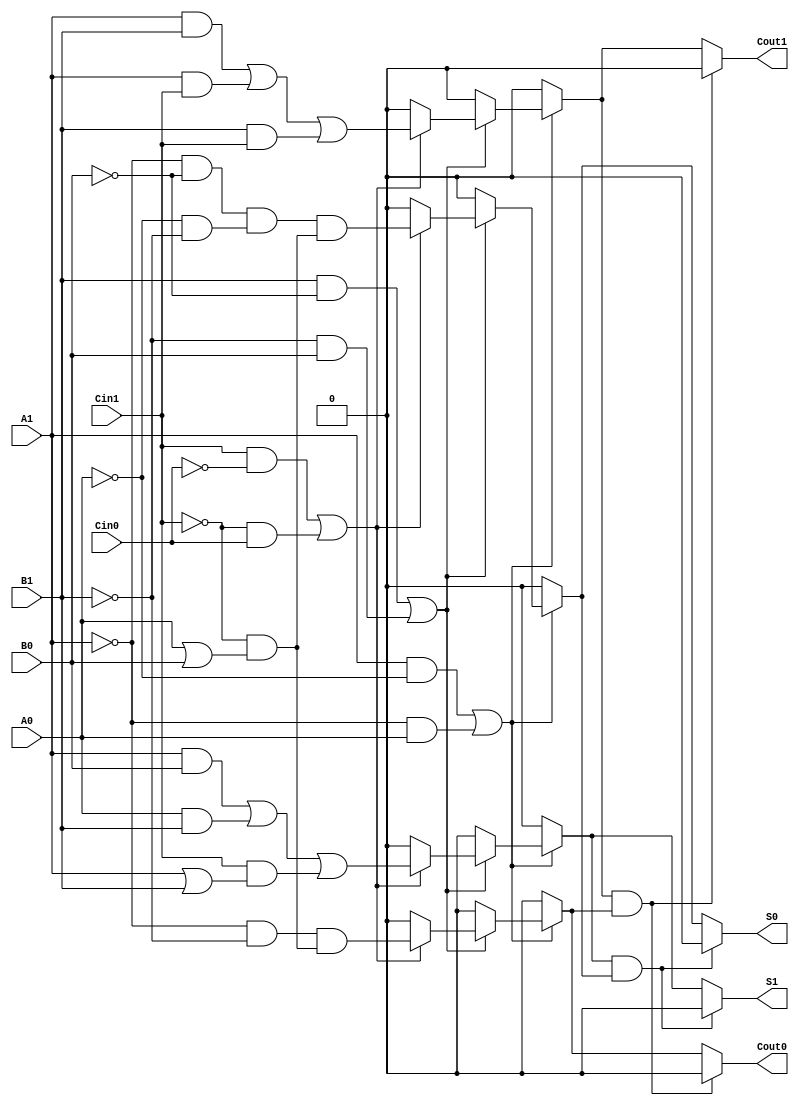
module dual_rail_full_adder (
    input wire A1, A0,  // Dual-rail representation of input A
    input wire B1, B0,  // Dual-rail representation of input B
    input wire Cin1, Cin0, // Dual-rail representation of carry input Cin
    output reg S1, S0,  // Dual-rail representation of sum output S
    output reg Cout1, Cout0 // Dual-rail representation of carry output Cout
);

// Combinational logic for the Dual-Rail Full Adder
always @(*) begin
    // Initialize outputs to invalid state
    S1 = 1'b0; S0 = 1'b0;
    Cout1 = 1'b0; Cout0 = 1'b0;

    // Check for valid inputs
    if ((A1 && !A0) || (!A1 && A0)) begin // Valid A
        if ((B1 && !B0) || (!B1 && B0)) begin // Valid B
            if ((Cin1 && !Cin0) || (!Cin1 && Cin0)) begin // Valid Cin
                // Compute sum S
                S1 = (A1 && B0) || (A0 && B1) || (Cin1 && (A1 || B1));
                S0 = (!A1 && !B0) && (!A0 && !B1) && (!Cin1 && (A0 || B0));

                // Compute carry Cout
                Cout1 = (A1 && B1) || (A1 && Cin1) || (B1 && Cin1);
                Cout0 = (!A1 && !B1) && (!Cin1 && (A0 || B0));
            end
        end
    end

    // Ensure outputs are in valid dual-rail states
    if (S1 && S0) begin
        S1 = 1'b0; S0 = 1'b0; // Invalid state
    end
    if (Cout1 && Cout0) begin
        Cout1 = 1'b0; Cout0 = 1'b0; // Invalid state
    end
end

endmodule